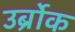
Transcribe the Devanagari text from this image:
उर्ब्रोक